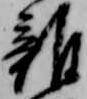
雑